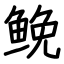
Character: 𩾃